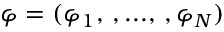
\boldsymbol { \varphi } = ( \varphi _ { 1 } , \, , . . . , \, , \varphi _ { N } )